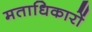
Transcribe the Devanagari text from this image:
मताधिकारों